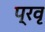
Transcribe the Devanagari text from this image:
प्रवृ